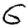
Digit: 6